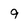
Character: 9